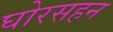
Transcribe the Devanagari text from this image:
घोरसहन